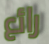
رائع